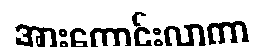
အားကောင်းလာကာ